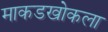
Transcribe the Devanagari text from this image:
माकडखोकला